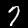
Digit: 7